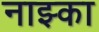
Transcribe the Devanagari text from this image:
नाझ्का